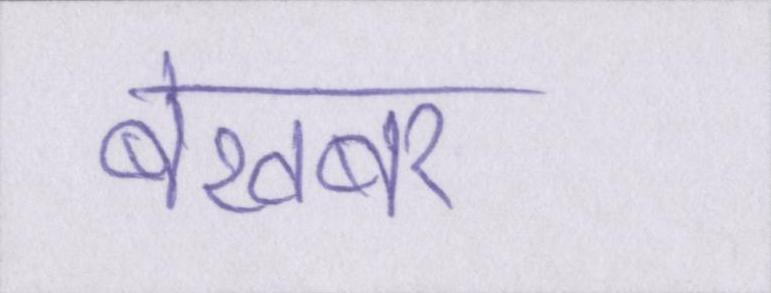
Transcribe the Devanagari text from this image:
बेखबर